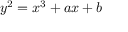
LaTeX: y ^ { 2 } = x ^ { 3 } + a x + b